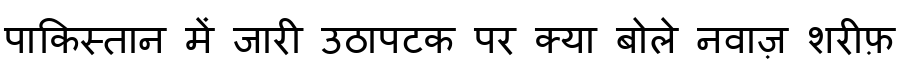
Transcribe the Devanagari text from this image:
पाकिस्तान में जारी उठापटक पर क्या बोले नवाज़ शरीफ़